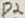
Text: D2